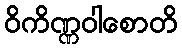
ဝိကိဏ္ဏဝါစောတိ